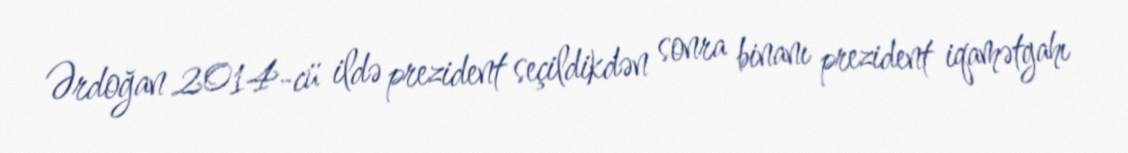
Ərdoğan 2014-cü ildə prezident seçildikdən sonra binanı prezident iqamətgahı